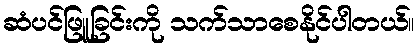
ဆံပင်ဖြူခြင်းကို သက်သာစေနိုင်ပါတယ်။